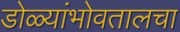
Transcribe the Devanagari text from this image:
डोळ्यांभोवतालचा